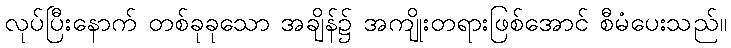
လုပ်ပြီးနောက် တစ်ခုခုသော အချိန်၌ အကျိုးတရားဖြစ်အောင် စီမံပေးသည်။